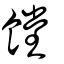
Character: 饄